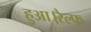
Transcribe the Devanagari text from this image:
हुआ।रैल्फ